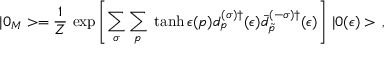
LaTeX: | 0 _ { M } > = \frac { 1 } { Z } \, \exp \left[ { \sum _ { \sigma } \sum _ { p } \; \operatorname { t a n h } \epsilon ( p ) d _ { p } ^ { ( \sigma ) \dagger } ( \epsilon ) \bar { d } _ { \tilde { p } } ^ { ( - \sigma ) \dagger } } ( \epsilon ) \right] \, | 0 ( \epsilon ) > \, { , }